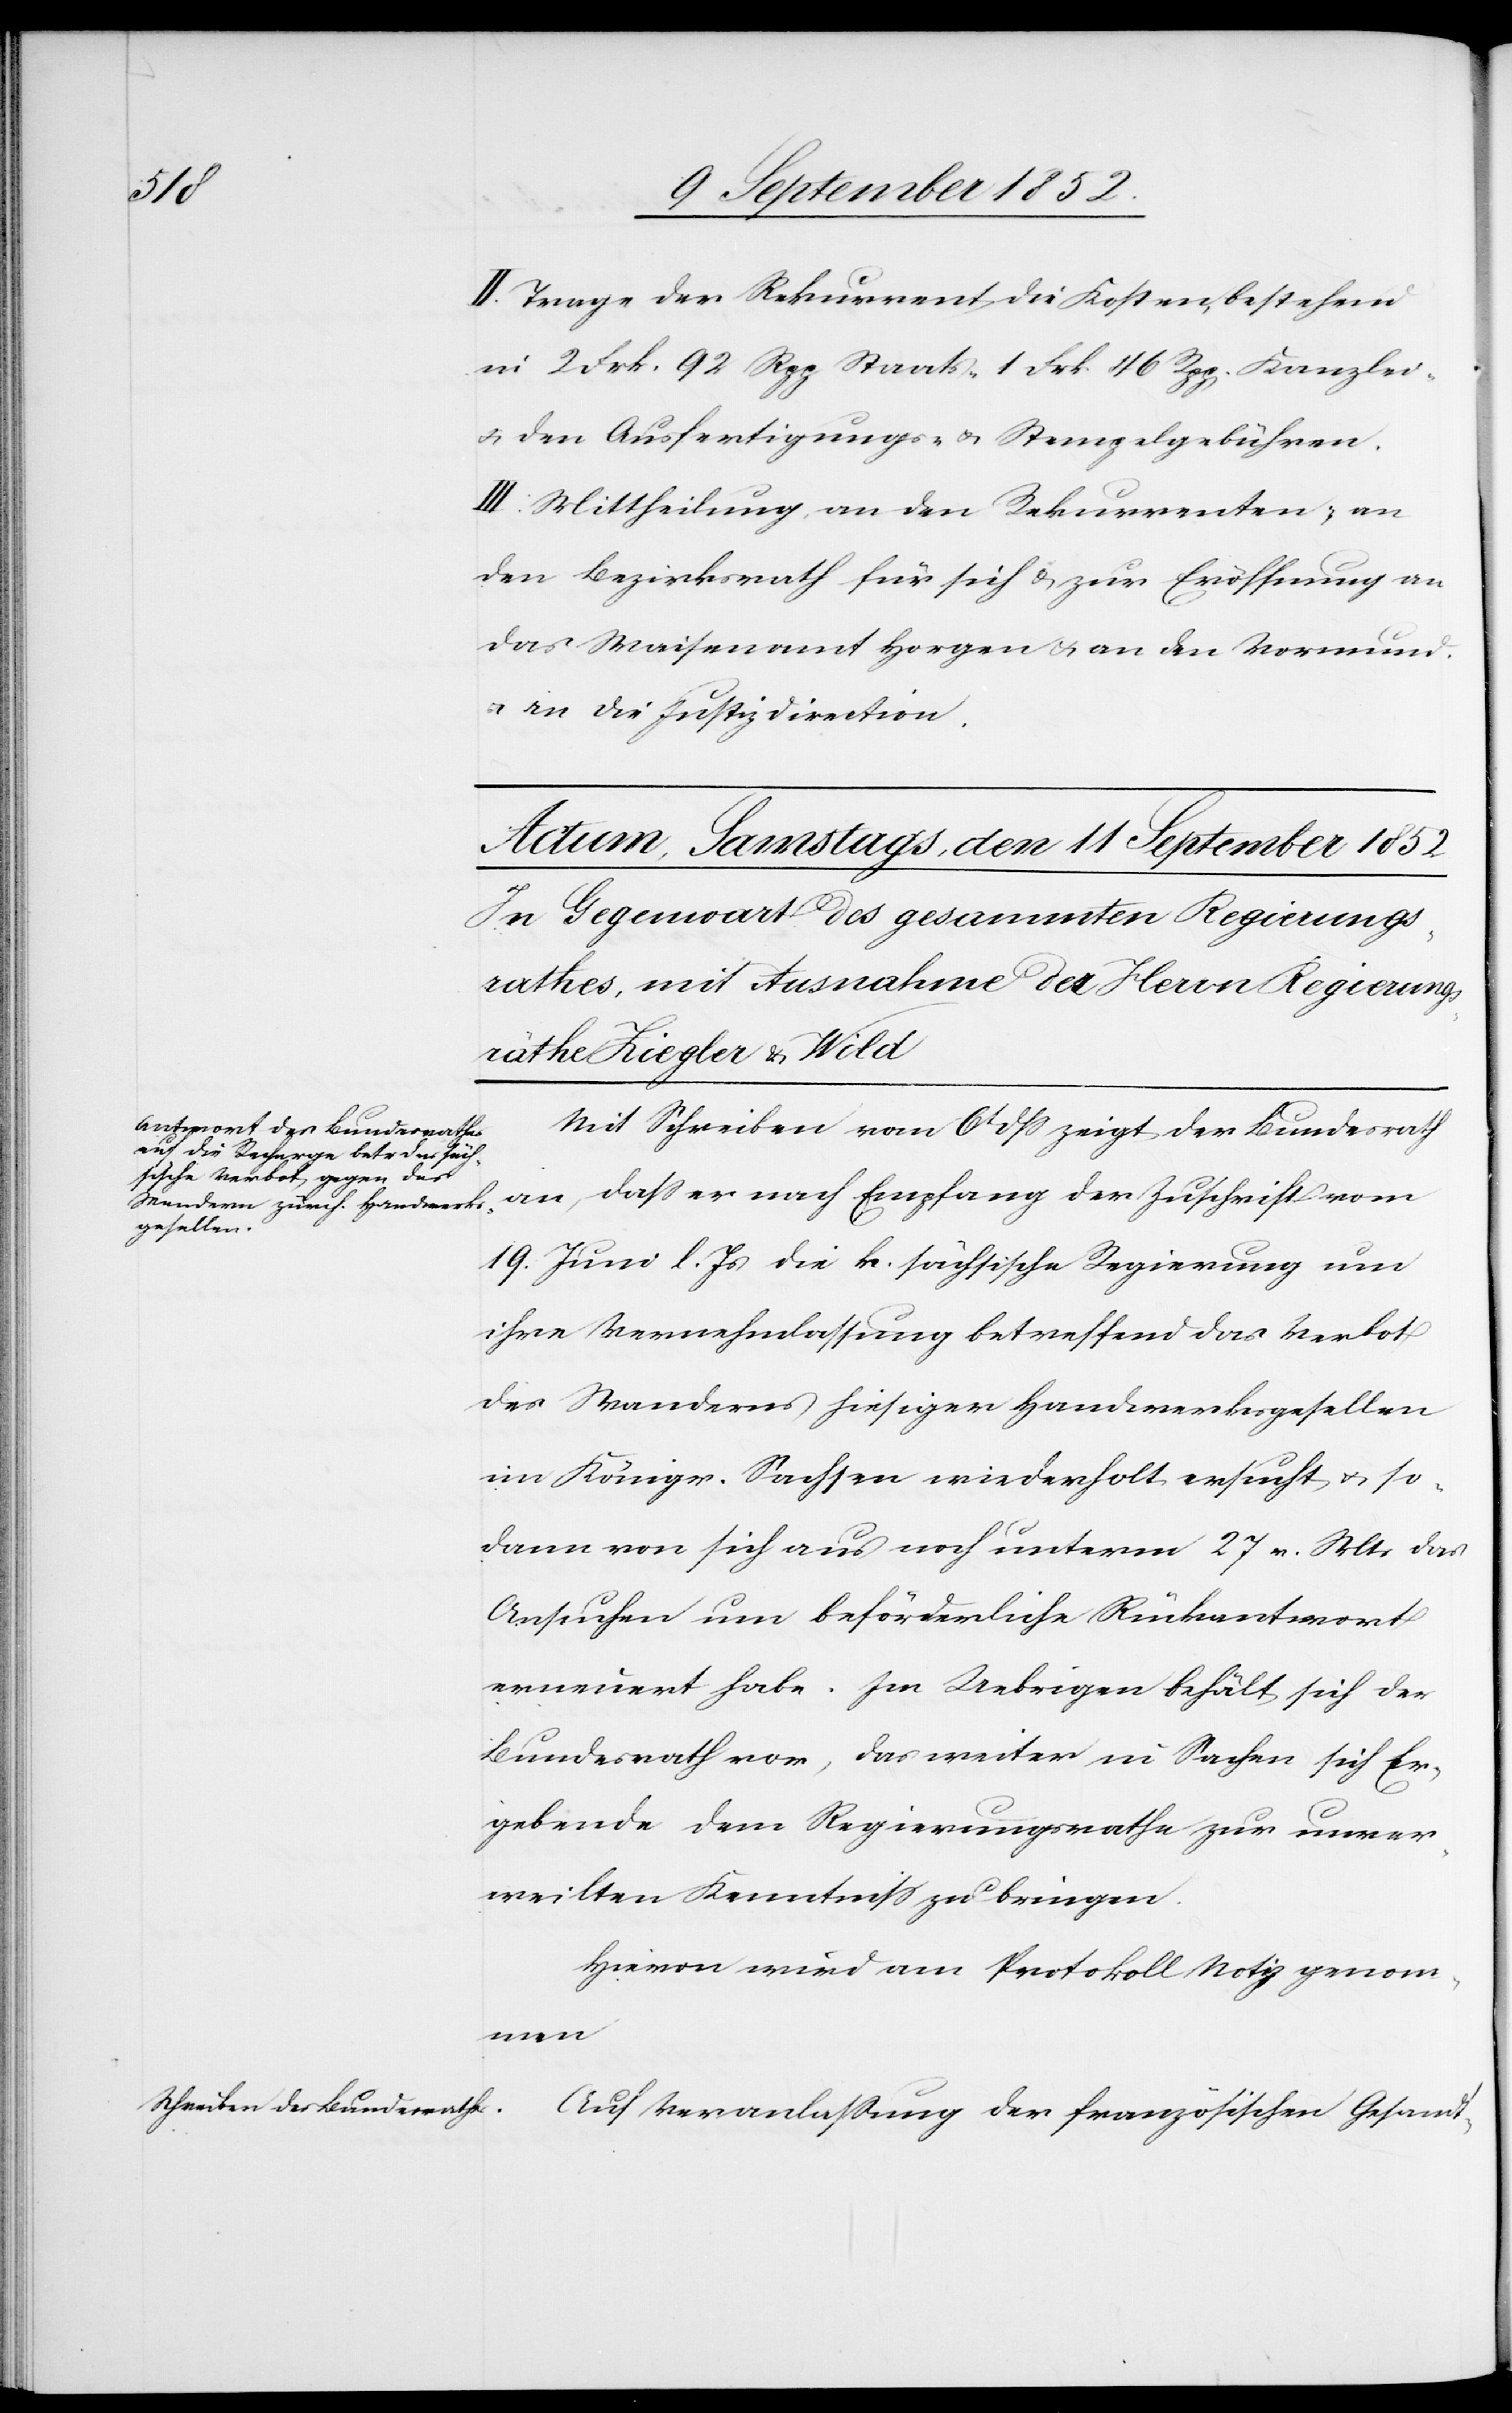
II. Trage der Rekurrent die Kosten, bestehend
in 2 Frk. 92 Rpp Staats-[,] 1 Frk 46 Rpp. Kanzlei-
& den Ausfertigungs- & Stempelgebühren.
III. Mittheilung, an den Rekurrenten; an
den Bezirksrath für sich & zur Eröffnung an
das Waisenamt Horgen & an den Vormund.
an die Justizdirection.
Mit Schreiben vom 6t dss zeigt der Bundesrath
an, dass er nach Empfang der Zuschrift vom
19. Juni l. Js die k. sächsische Regierung um
ihre Vernehmlassung betreffend das Verbot
des Wanderns hiesiger Handwerksgesellen
im Königr. Sachsen wiederholt ersucht & so¬
dann von sich aus noch unterm 27 v. Mts das
Ansuchen um beförderliche Rückantwort
erneuert habe. Im Uebrigen behält sich der
Bundesrath vor, das weiter in Sachen sich Er¬
gebende dem Regierungsrathe zur unver¬
weilten Kenntniss zu bringen.
Hievon wird am Protokoll Notiz genom¬
men[.]
Auf Veranlassung der französischen Gesandt-